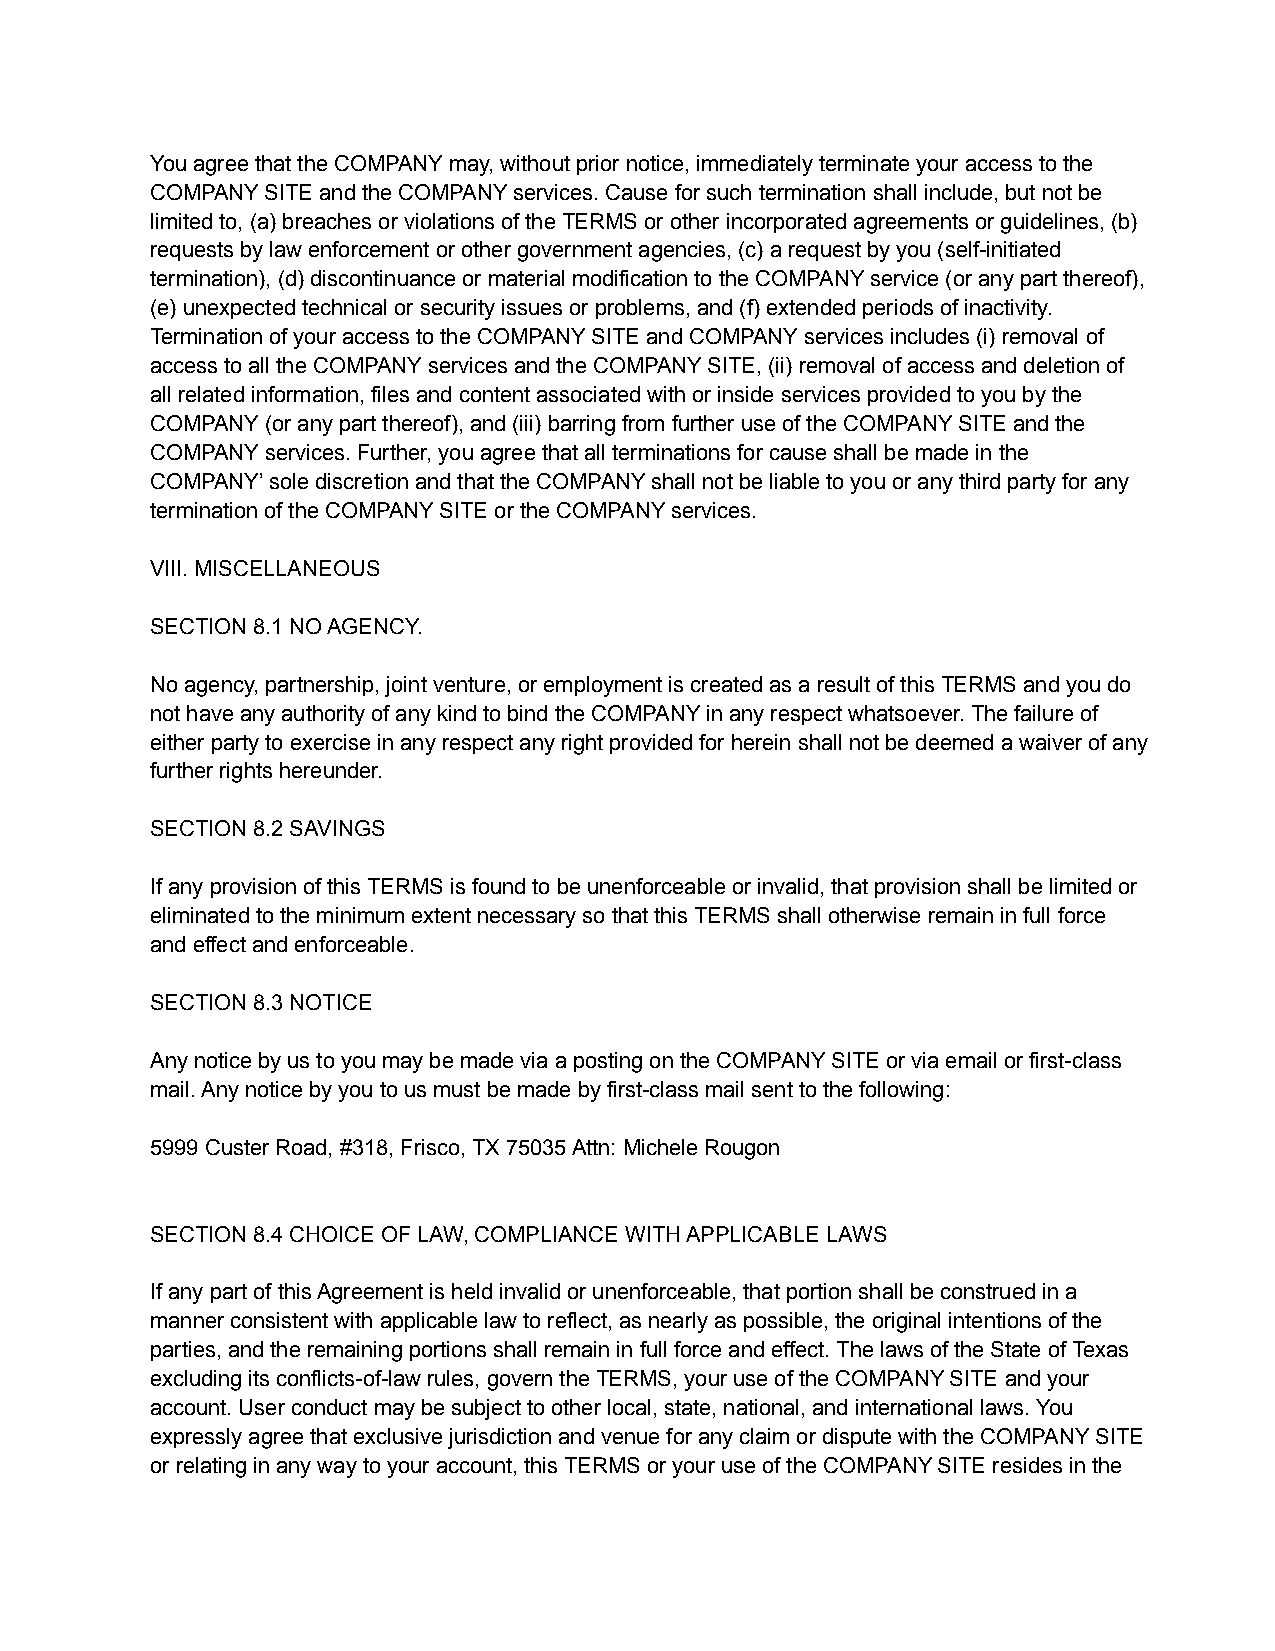
You agree that the COMPANY may, without prior notice, immediately terminate your access to the
 COMPANY SITE and the COMPANY services. Cause for such termination shall include, but not be
 limited to, (a) breaches or violations of the TERMS or other incorporated agreements or guidelines, (b)
 requests by law enforcement or other government agencies, (c) a request by you (self-initiated
 termination), (d) discontinuance or material modification to the COMPANY service (or any part thereof),
 (e) unexpected technical or security issues or problems, and (f) extended periods of inactivity.
 Termination of your access to the COMPANY SITE and COMPANY services includes (i) removal of
 access to all the COMPANY services and the COMPANY SITE, (ii) removal of access and deletion of
 all related information, files and content associated with or inside services provided to you by the
 COMPANY (or any part thereof), and (iii) barring from further use of the COMPANY SITE and the
 COMPANY services. Further, you agree that all terminations for cause shall be made in the
 COMPANY’ sole discretion and that the COMPANY shall not be liable to you or any third party for any
 termination of the COMPANY SITE or the COMPANY services.
 VIII. MISCELLANEOUS
 SECTION 8.1 NO AGENCY.
 No agency, partnership, joint venture, or employment is created as a result of this TERMS and you do
 not have any authority of any kind to bind the COMPANY in any respect whatsoever. The failure of
 either party to exercise in any respect any right provided for herein shall not be deemed a waiver of any
 further rights hereunder.
 SECTION 8.2 SAVINGS
 If any provision of this TERMS is found to be unenforceable or invalid, that provision shall be limited or
 eliminated to the minimum extent necessary so that this TERMS shall otherwise remain in full force
 and effect and enforceable.
 SECTION 8.3 NOTICE
 Any notice by us to you may be made via a posting on the COMPANY SITE or via email or first-class
 mail. Any notice by you to us must be made by first-class mail sent to the following:
 5999 Custer Road, #318, Frisco, TX 75035 Attn: Michele Rougon
 SECTION 8.4 CHOICE OF LAW, COMPLIANCE WITH APPLICABLE LAWS
 If any part of this Agreement is held invalid or unenforceable, that portion shall be construed in a
 manner consistent with applicable law to reflect, as nearly as possible, the original intentions of the
 parties, and the remaining portions shall remain in full force and effect. The laws of the State of Texas
 excluding its conflicts-of-law rules, govern the TERMS, your use of the COMPANY SITE and your
 account. User conduct may be subject to other local, state, national, and international laws. You
 expressly agree that exclusive jurisdiction and venue for any claim or dispute with the COMPANY SITE
 or relating in any way to your account, this TERMS or your use of the COMPANY SITE resides in the